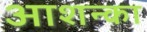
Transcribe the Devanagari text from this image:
आशन्का